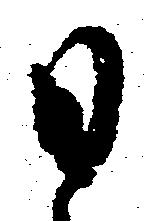
日